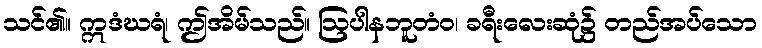
သင်၏။ ဣဒံဃရံ၊ ဤအိမ်သည်။ ဩပါနဘူတံဝ၊ ခရီးလေးဆုံ၌ တည်အပ်သော